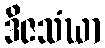
ဒိဇသံဃာ